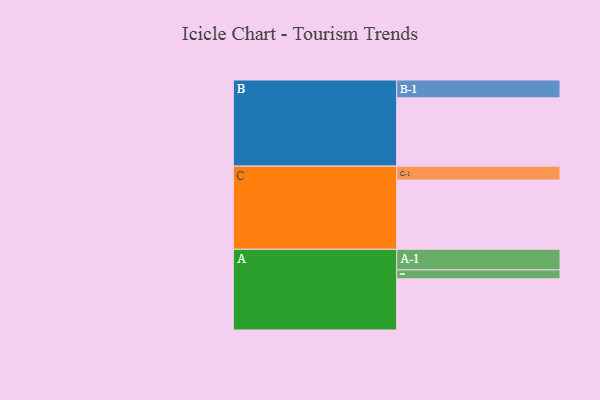
{"axis": {"x": "Segment", "y": "Value"}, "legend": ["", "A", "B", "C"], "data": [{"x": "A", "y": 434, "type": ""}, {"x": "B", "y": 579, "type": ""}, {"x": "C", "y": 587, "type": ""}, {"x": "A-1", "y": 175, "type": "A"}, {"x": "A-2", "y": 75, "type": "A"}, {"x": "B-1", "y": 151, "type": "B"}, {"x": "C-1", "y": 118, "type": "C"}]}